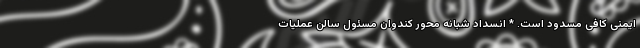
ایمنی کافی مسدود است. * انسداد شبانه محور کندوان مسئول سالن عملیات